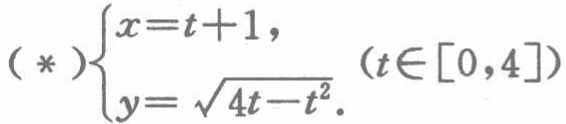
\(( *)\begin{cases}x = t + 1,\\y = \sqrt{4t - t^{2}}.\end{cases}(t\in[0,4])\)